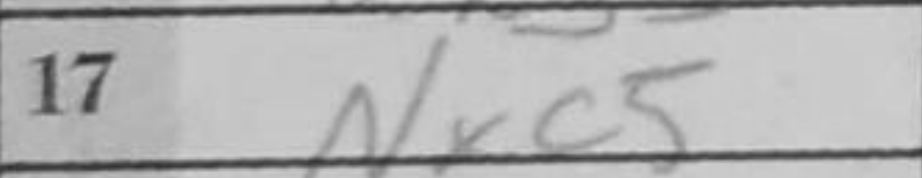
Transcription: Nxc5